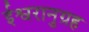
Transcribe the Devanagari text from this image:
ईश्वरानुग्रह